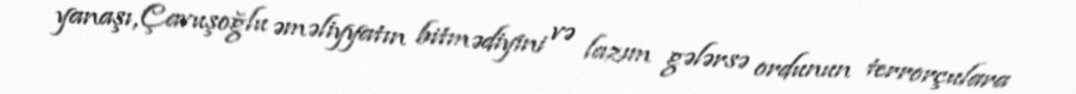
yanaşı, Çavuşoğlu əməliyyatın bitmədiyini və lazım gələrsə ordunun terrorçulara